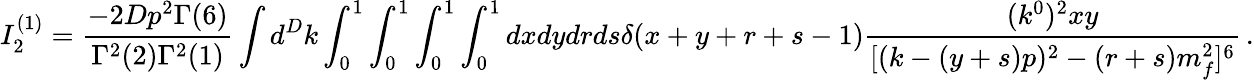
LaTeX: I_{2}^{(1)}=\frac{-2Dp^{2}\Gamma(6)}{\Gamma^{2}(2)\Gamma^{2}(1)}\int d^{D}k\int_{0}^{1}\int_{0}^{1}\int_{0}^{1}\int_{0}^{1}dxdydrds\delta(x+y+r+s-1)\frac{(k^{0})^{2}xy}{[(k-(y+s)p)^{2}-(r+s)m_{f}^{2}]^{6}}\, .